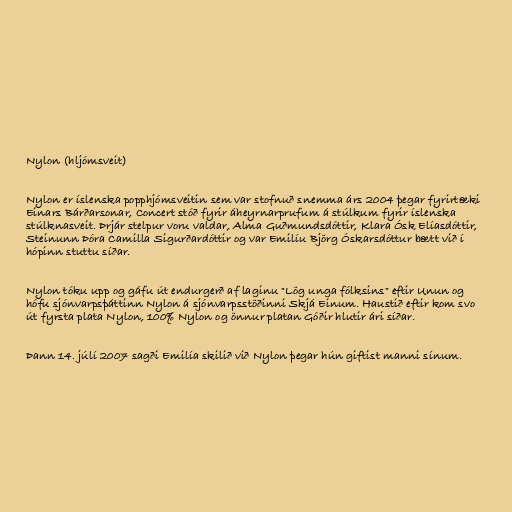
Nylon (hljómsveit)

Nylon er íslenska popphjómsveitin sem var stofnuð snemma árs 2004 þegar fyrirtæki
Einars Bárðarsonar, Concert stóð fyrir áheyrnarprufum á stúlkum fyrir íslenska
stúlknasveit. Þrjár stelpur voru valdar, Alma Guðmundsdóttir, Klara Ósk Elíasdóttir,
Steinunn Þóra Camilla Sigurðardóttir og var Emilíu Björg Óskarsdóttur bætt við í
hópinn stuttu síðar.

Nylon tóku upp og gáfu út endurgerð af laginu "Lög unga fólksins" eftir Unun og
hófu sjónvarpsþáttinn Nylon á sjónvarpsstöðinni Skjá Einum. Haustið eftir kom svo
út fyrsta plata Nylon, 100% Nylon og önnur platan Góðir hlutir ári síðar.

Þann 14. júlí 2007 sagði Emilía skilið við Nylon þegar hún giftist manni sínum.